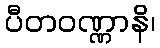
ပီတဝဏ္ဏာနိ၊